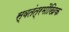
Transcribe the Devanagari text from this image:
स्वतंत्रमौखिक